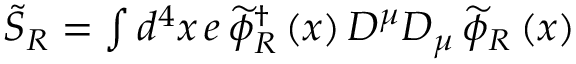
\begin{array} { r } { \widetilde { S } _ { R } = \int d ^ { 4 } x \, e \, \widetilde { \phi } _ { R } ^ { \dag } \left( x \right) D ^ { \mu } D _ { \mu } \, \widetilde { \phi } _ { R } \left( x \right) } \end{array}